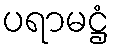
ပရာမဋ္ဌံ